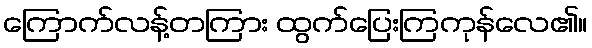
ကြောက်လန့်တကြား ထွက်ပြေးကြကုန်လေ၏။